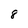
Character: 8